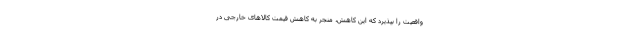
واقعیت را بپذیرد که این کاهش، منجر به کاهش قیمت کالاهای خارجی در